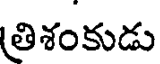
తిశంకుడు